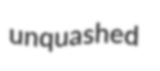
unquashed